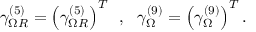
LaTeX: \gamma _ { \Omega R } ^ { ( 5 ) } = \left( \gamma _ { \Omega R } ^ { ( 5 ) } \right) ^ { T } \, \, \, , \, \, \ \gamma _ { \Omega } ^ { ( 9 ) } = \left( \gamma _ { \Omega } ^ { ( 9 ) } \right) ^ { T } .